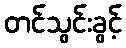
တင်သွင်းခွင့်